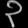
Digit: ၃